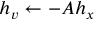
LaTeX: h _ { v } \leftarrow - A h _ { x }